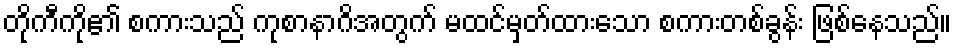
တိုကီကို၏ စကားသည် ကုစာနာဂိအတွက် မထင်မှတ်ထားသော စကားတစ်ခွန်း ဖြစ်နေသည်။